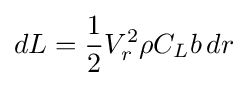
dL={\frac {1}{2}}V_{r}^{2}\rho C_{L}b\,dr